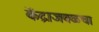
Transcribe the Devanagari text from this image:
केंद्राजवळचा